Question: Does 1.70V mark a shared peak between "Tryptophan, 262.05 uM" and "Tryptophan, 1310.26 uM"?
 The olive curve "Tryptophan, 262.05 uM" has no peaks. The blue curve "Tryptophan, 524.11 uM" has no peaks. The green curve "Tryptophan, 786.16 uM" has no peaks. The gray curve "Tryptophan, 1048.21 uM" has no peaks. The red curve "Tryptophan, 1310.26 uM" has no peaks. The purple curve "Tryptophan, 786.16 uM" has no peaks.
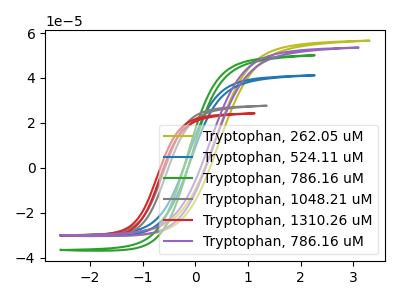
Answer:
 <answer>No, "Tryptophan, 262.05 uM" and "Tryptophan, 1310.26 uM" dont share a peak at 1.70V.</answer>
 <eval>mismatch</eval>